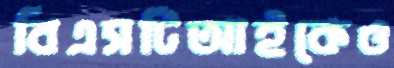
বিএসটিআইকেও